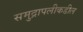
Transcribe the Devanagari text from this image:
समुद्रापलीकडील